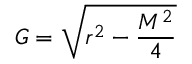
{ } G = { \sqrt { r ^ { 2 } - { \frac { M ^ { 2 } } { 4 } } } }